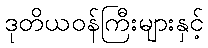
ဒုတိယဝန်ကြီးများနှင့်